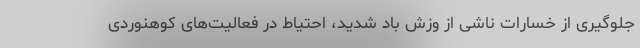
جلوگیری از خسارات ناشی از وزش باد شدید، احتیاط در فعالیت‌های کوهنوردی